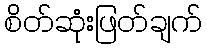
စိတ်ဆုံးဖြတ်ချက်